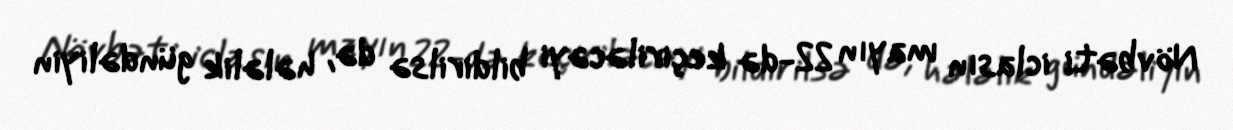
Növbəti iclasın mayın 22-də keçiriləcəyi bildirilsə də, hələlik gündəliyin